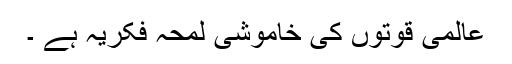
عالمی قوتوں کی خاموشی لمحہ فکریہ ہے ۔